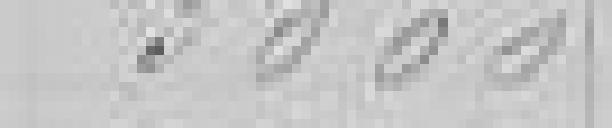
3000